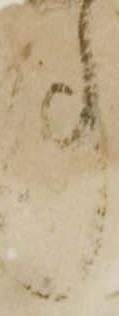
事